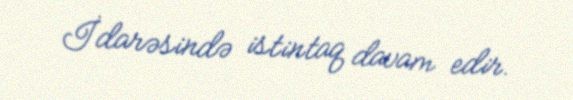
İdarəsində istintaq davam edir.